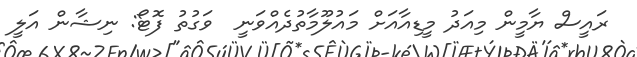
ރައީސް ޔާމީން މިއަދު މީޑިއާއަށް މައުލޫމާތުދެއްވަނީ  ވަގުތު ފޮޓޯ: ނިޝާން އަލީ